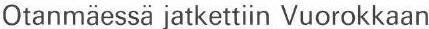
Otanmäessä jatkettiin Vuorokkaan